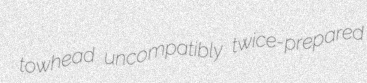
towhead uncompatibly twice-prepared